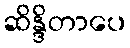
ဆိန္ဒိတာပေ